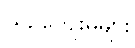
ယဉ်ကျေးမှုများ